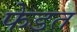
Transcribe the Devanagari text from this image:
फेडत